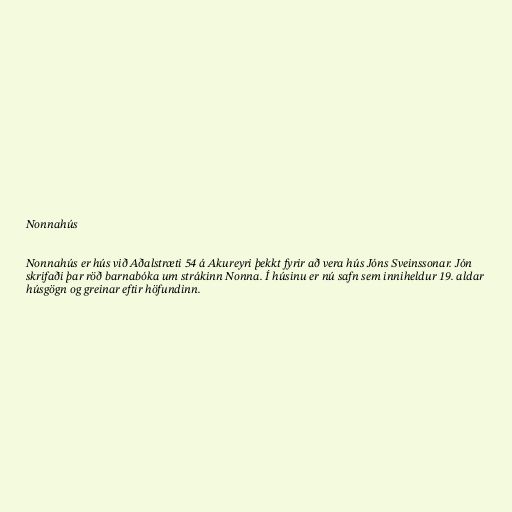
Nonnahús

Nonnahús er hús við Aðalstræti 54 á Akureyri þekkt fyrir að vera hús Jóns Sveinssonar. Jón
skrifaði þar röð barnabóka um strákinn Nonna. Í húsinu er nú safn sem inniheldur 19. aldar
húsgögn og greinar eftir höfundinn.